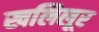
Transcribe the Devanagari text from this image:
खलिलूर